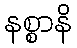
နစ္စာနိ